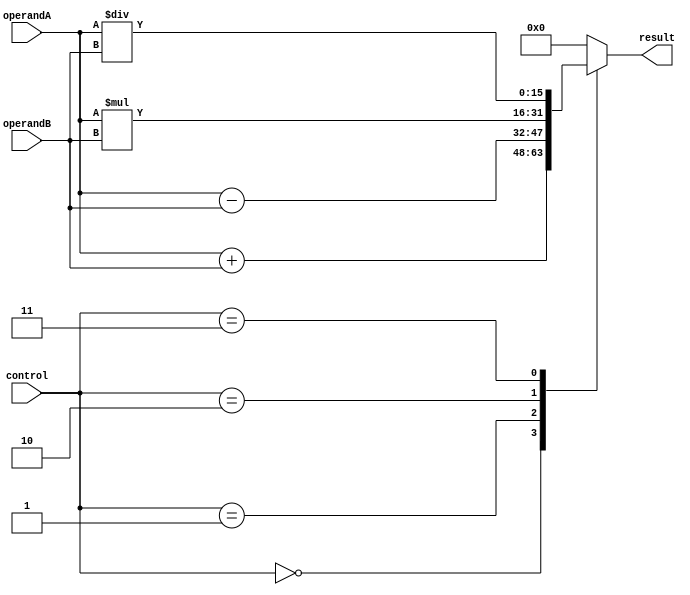
module ALU (
    input [15:0] operandA,
    input [15:0] operandB,
    input [2:0] control,
    output reg [15:0] result
);

// Arithmetic blocks
always @(*)
begin
    case (control)
        3'b000: result = operandA + operandB; // Addition
        3'b001: result = operandA - operandB; // Subtraction
        3'b010: result = operandA * operandB; // Multiplication
        3'b011: result = operandA / operandB; // Division
        default: result = 16'b0; // Default case
    endcase
end

endmodule